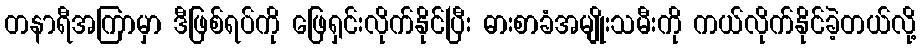
တနာရီအကြာမှာ ဒီဖြစ်ရပ်ကို ဖြေရှင်းလိုက်နိုင်ပြီး ဓားစာခံအမျိုးသမီးကို ကယ်လိုက်နိုင်ခဲ့တယ်လို့